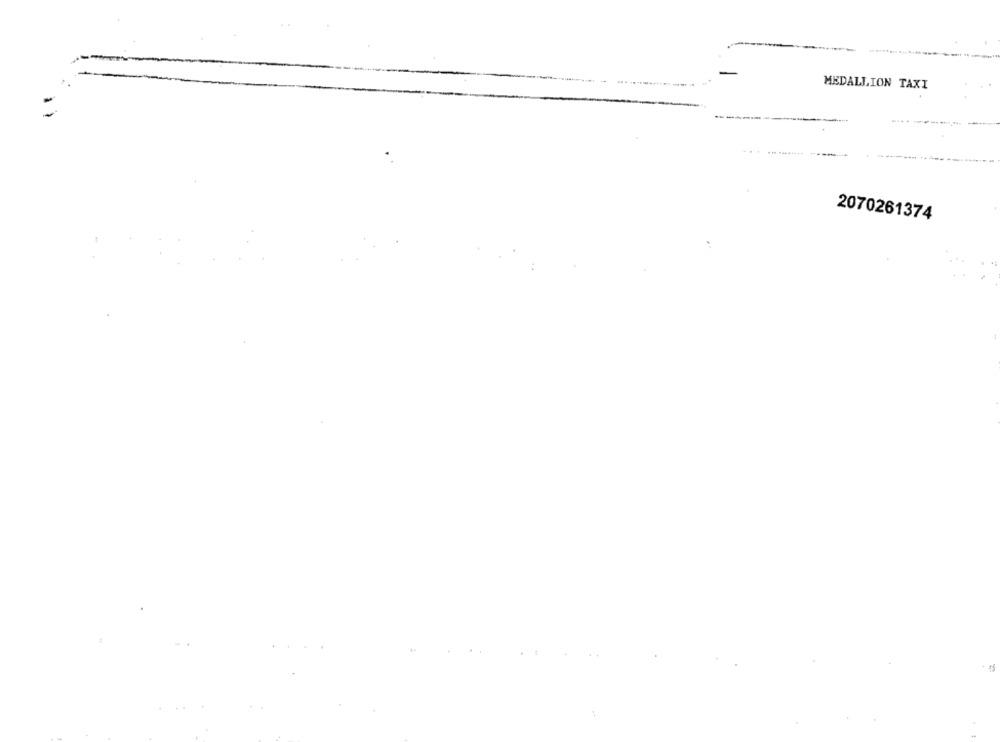
MEDALLION TAXI
... .. ..******
2070261374